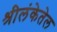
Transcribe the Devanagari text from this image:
श्रीलंकेतेल